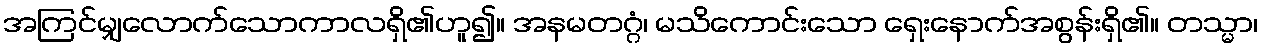
အကြင်မျှလောက်သောကာလရှိ၏ဟူ၍။ အနမတဂ္ဂံ၊ မသိကောင်းသော ရှေးနောက်အစွန်းရှိ၏။ တသ္မာ၊